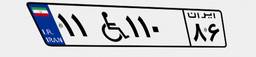
۰۸W۶۱۴۰۷